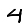
Digit: 4